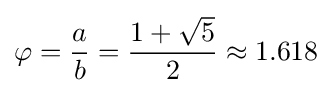
\varphi ={\frac {a}{b}}={\frac {1+{\sqrt {5}}}{2}}\approx 1.618